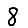
Digit: 8